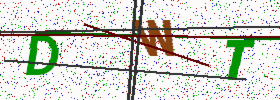
Text: DWT